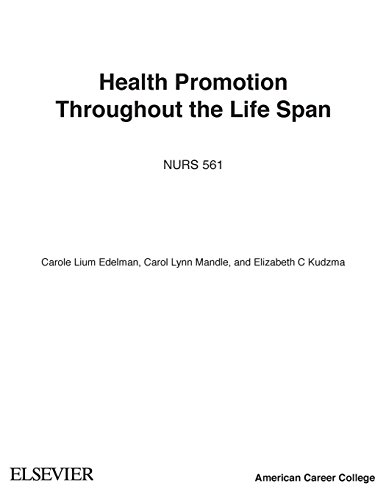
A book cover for Health Promotion Throughout the Life Span, 8e (Health Promotion Throughout the Lifespan (Edelman)); Carole Lium Edelman APRN  MS  CS  BC  CMC; Medical Books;